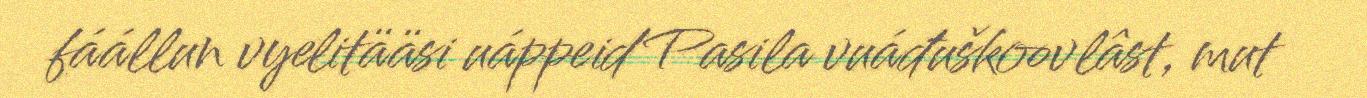
fáállun vyelitääsi uáppeid Pasila vuáđuškoovlâst, mut